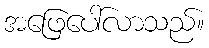
အဖြေပေါ်လာသည်။